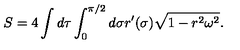
S = 4 \int d \tau \int _ { 0 } ^ { \pi / 2 } d \sigma r ^ { \prime } ( \sigma ) \sqrt { 1 - r ^ { 2 } \omega ^ { 2 } } .